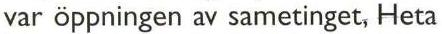
var öppningen av sametinget, Heta